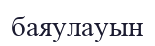
баяулауын